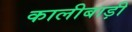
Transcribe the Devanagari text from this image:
कालीबाड़ी